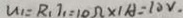
u _ { 1 } = R _ { 1 } I _ { 1 } = 1 0 \Omega \times 1 A = 1 0 V .